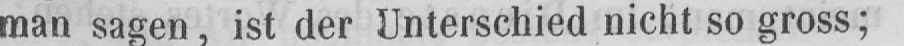
man sagen, ist der Unterschied nicht so gross;